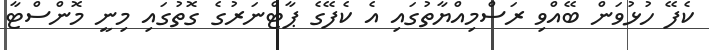
ކެފޭ ހުޅުވަން ބޭއްވި ރަސްމިއްޔާތުގައި އެ ކެފޭގެ ޕާޓްނަރުގެ ގޮތުގައި މިނީ މޮންސްޓާ